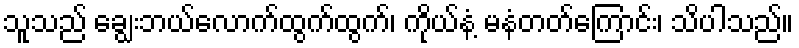
သူသည် ချွေးဘယ်လောက်ထွက်ထွက်၊ ကိုယ်နံ့ မနံတတ်ကြောင်း၊ သိပါသည်။